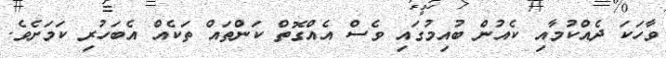
ވާހަކަ ދެއްކުމާއި ކެއުން ބުއިމުގައި ވެސް އެއްގޮތް ކަންތައް ތަކެއް އެބަހުރި ކަމަށެވެ.